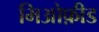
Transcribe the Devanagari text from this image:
मिओफ़ीड